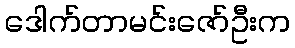
ဒေါက်တာမင်းဇော်ဦးက